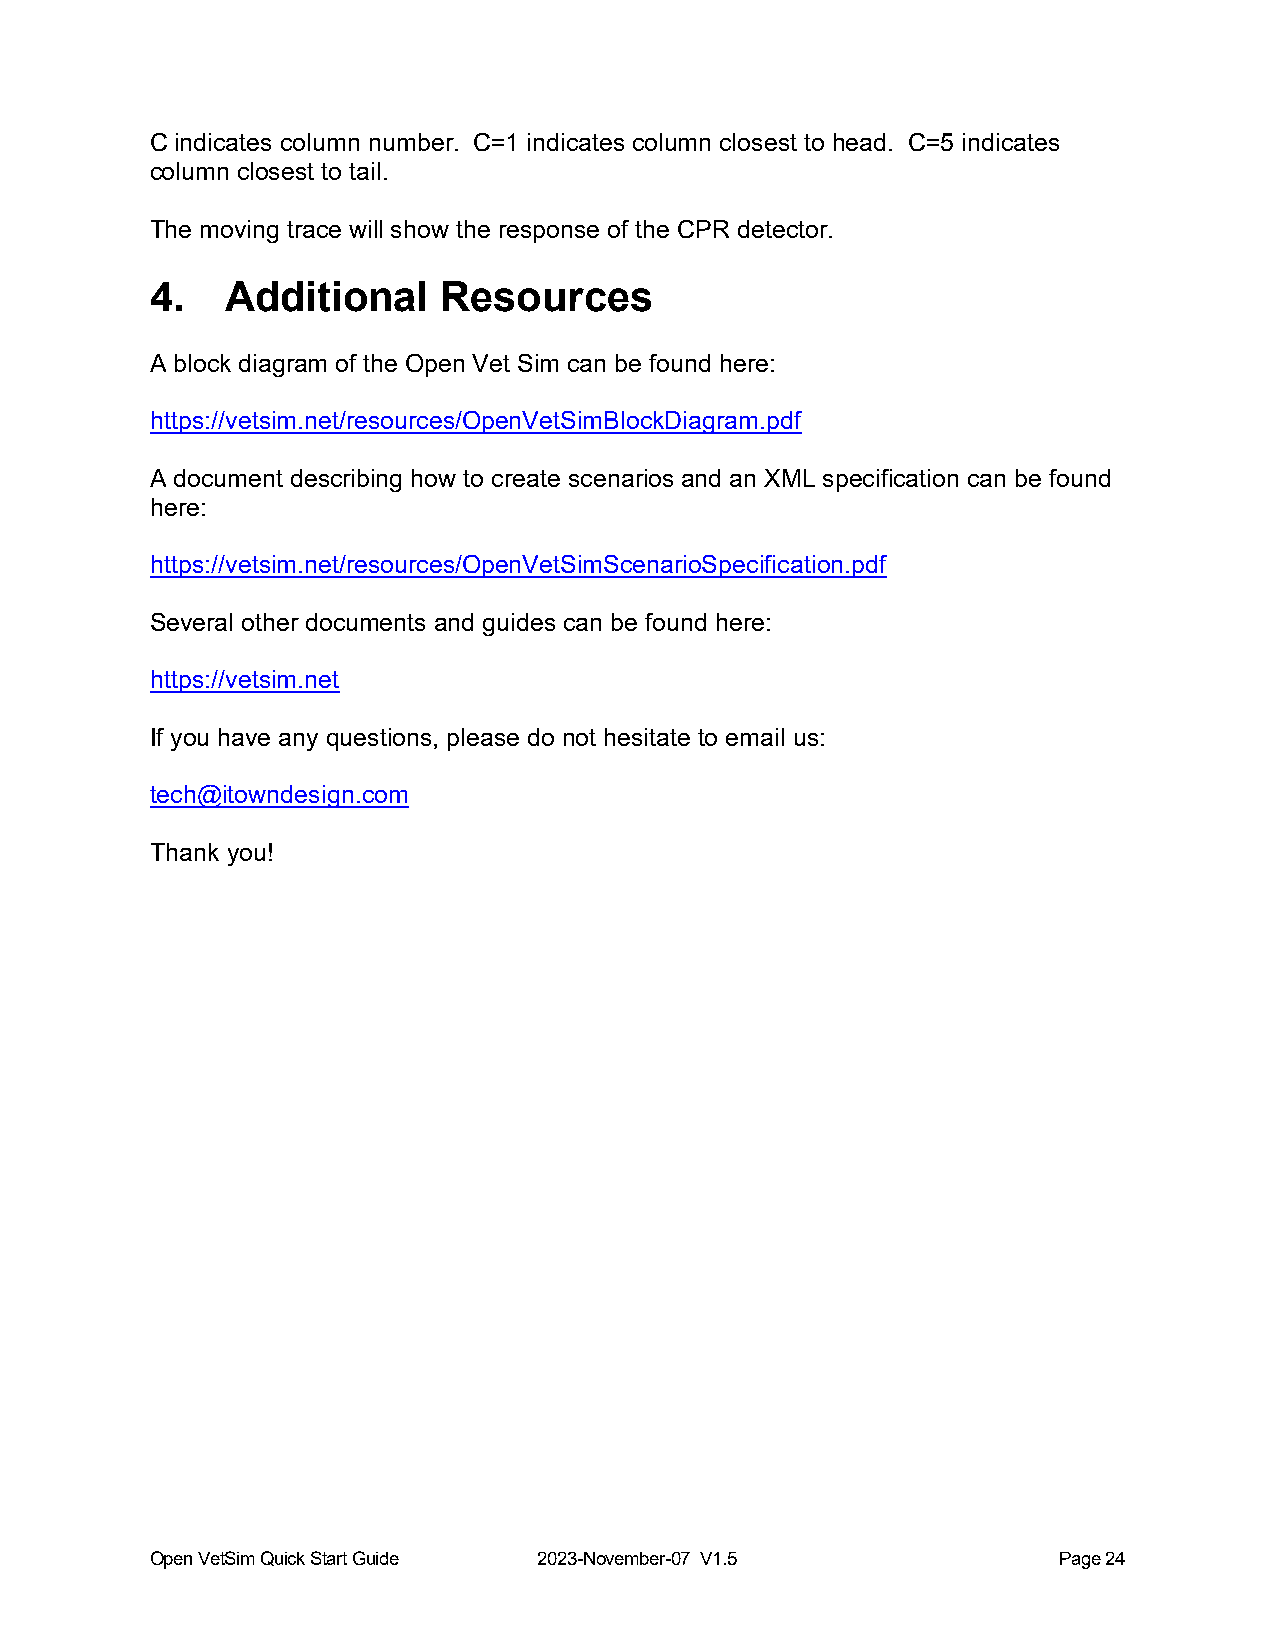
C indicates column number. C=1 indicates column closest to head. C=5 indicates
 column closest to tail.
 The moving trace will show the response of the CPR detector.
 4.   Additional    Resources
 A block diagram of the Open Vet Sim can be found here:
 https://vetsim.net/resources/OpenVetSimBlockDiagram.pdf
 A document describing how to create scenarios and an XML specification can be found
 here:
 https://vetsim.net/resources/OpenVetSimScenarioSpecification.pdf
 Several other documents and guides can be found here:
 https://vetsim.net
 If you have any questions, please do not hesitate to email us:
 tech@itowndesign.com
 Thank you!
 Open VetSim Quick Start Guide 2023-November-07 V1.5         Page 24